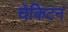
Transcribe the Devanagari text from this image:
चेकिटन